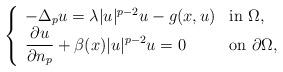
LaTeX: \begin{align*}\left\{\begin{array}{ll}-\Delta_p u=\lambda |u|^{p-2}u-g(x,u) & \mbox{in }\Omega,\\\displaystyle{\frac{\partial u}{\partial n_p}}+\beta(x)|u|^{p-2}u=0 & \mbox{on } \partial\Omega,\\\end{array}\right.\end{align*}